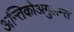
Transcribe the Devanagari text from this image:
अन्तिकोअगुलन्त